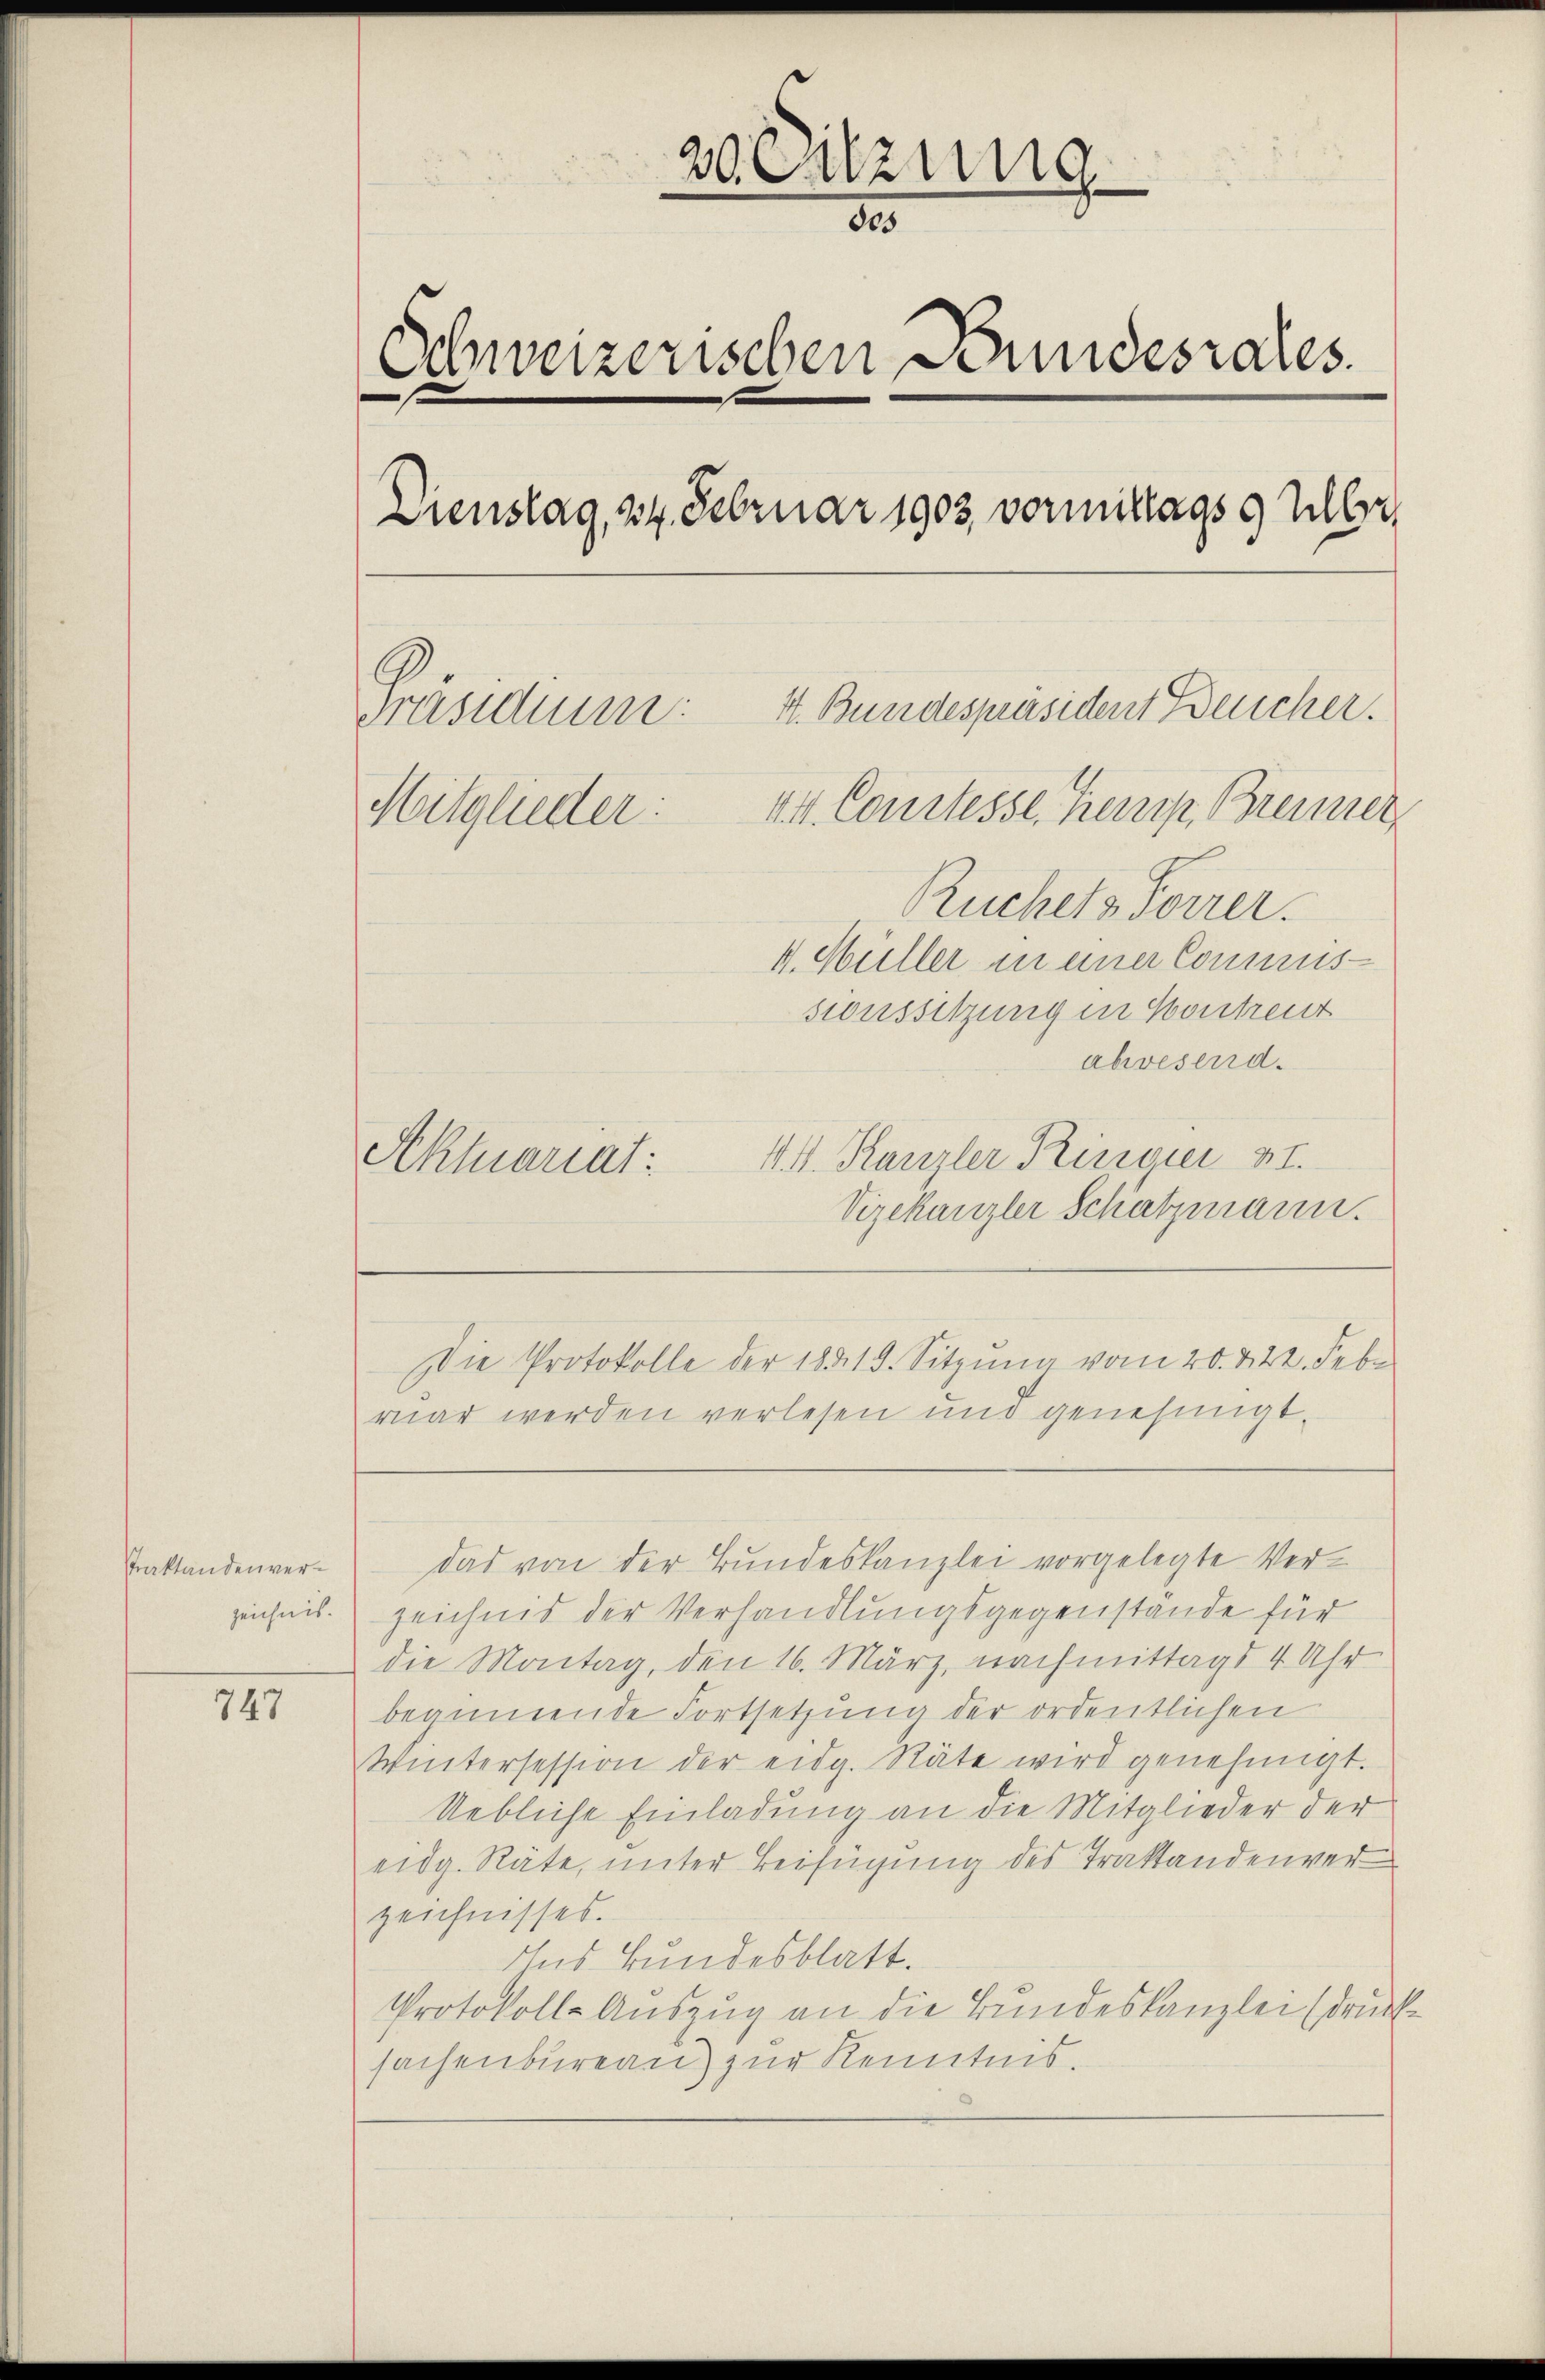
Praktanden ver¬

747

20 Sitzung
50
Schweizerischen Bundesrates.
.
Dienstag, 24. Februar 1903 vormittags 9 Uhr,
1t. Bundespräsident Bercher.
Präsidium.
VII. Constesse, Herrp, Brenner
Mitglieder:
Ruchels Forrer.
V. Müller in einer Commussionssitzung in Kontreut
abwesend.
14. Kanzler Risicii 17.
Aktuariat:

Vizekanzler Schatzmann.
Die Protokolle der 1831. Sitzŭng vom 20. 422. Febr
ruar werden verlesen und genehmigt.

zeichnis. Zeichnis der Verhandlungsgegenstände für
die Montag, den 16. März, nachmittags 4 Uhr
beäunende Fortsetzung der ordentlichen
Wintersession der eidg. Räte wird genehmigt.
Uebliche Einladung an die Mitglieder der
eidg. Räte, unter Beifügung des Traktandenver
zeichnisses.
Aus Bundesblatt.
Protokoll-Auszug an die Bundeskanzlei (druck
sachenbureau zur Kenntnis.

das von der Bundeskanzlei vorgelegte Ver¬